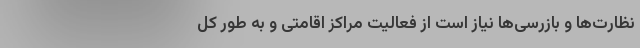
نظارت‌ها و بازرسی‌ها نیاز است از فعالیت مراکز اقامتی و به طور کل